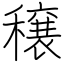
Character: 穣